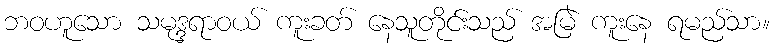
ဘဝဟူသော သမုဒ္ဒရာဝယ် ကူးခတ် နေသူတိုင်းသည် အမြဲ ကူးနေ ရမည်သာ။